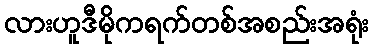
လားဟူဒီမိုကရက်တစ်အစည်းအရုံး